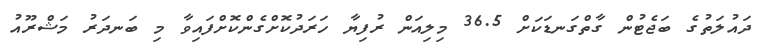
ދައުލަތުގެ ބަޖެޓުން ގާތްގަނޑަކަށް 36.5 މިލިއަން ރުފިޔާ ހަރަދުކޮށްގެންކޮށްފައިވާ މި ބަނދަރު މަޝްރޫއު